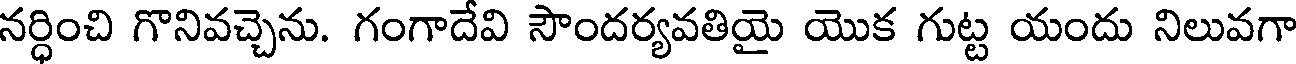
నర్ధించి గొనివచ్చెను. గంగాదేవి సౌందర్యవతియై యొక గుట్ట యందు నిలువగా